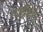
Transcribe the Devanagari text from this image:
गानहिरा